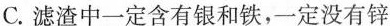
C.滤渣中一定含有银和铁，一定没有锌